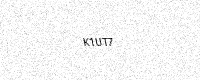
Text: K1UT7